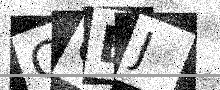
Text: COBJ